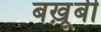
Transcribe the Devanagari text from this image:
बखू़बी